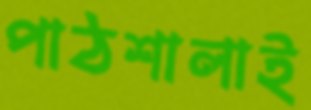
পাঠশালাই